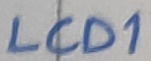
Text: LCD1